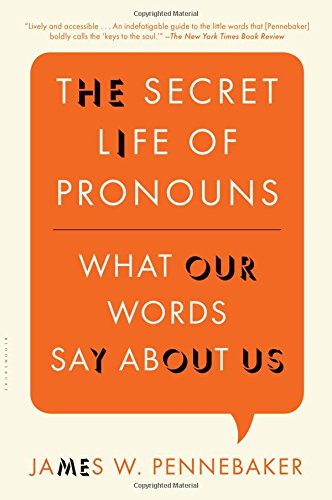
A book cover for The Secret Life of Pronouns: What Our Words Say About Us; James W. Pennebaker; Politics & Social Sciences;